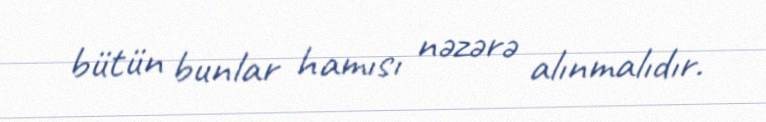
bütün bunlar hamısı nəzərə alınmalıdır.